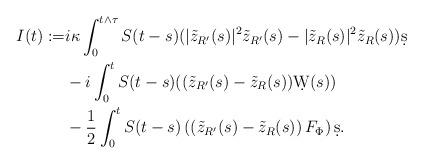
LaTeX: \begin{align*}I(t):=&i\kappa \int_{0}^{t\wedge \tau} S(t-s)(|\tilde{z}_{R^\prime}(s)|^{2} \tilde{z}_{R^\prime}(s)-|\tilde{z}_{R}(s)|^{2} \tilde{z}_{R}(s)) \d s \\&-i \int_{0}^{t} S(t-s)((\tilde{z}_{R^\prime}(s)-\tilde{z}_{R}(s)) \d W(s))\\&-\frac{1}{2} \int_{0}^{t} S(t-s)\left(\left(\tilde{z}_{R^\prime}(s)-\tilde{z}_{R}(s)\right) F_{\Phi}\right) \d s.\end{align*}